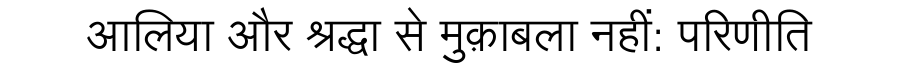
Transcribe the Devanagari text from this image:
आलिया और श्रद्धा से मुक़ाबला नहीं: परिणीति